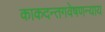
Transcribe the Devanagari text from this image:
काकदन्तगवेषणन्याय